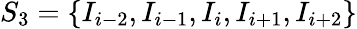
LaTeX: {{S}_{3}}=\left\{ {{I}_{i-2}},{{I}_{i-1}},{{I}_{i}},{{I}_{i+1}},{{I}_{i+2}}\right\}